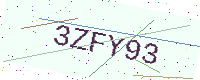
Text: 3ZFY93